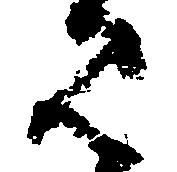
み